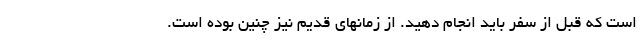
است که قبل از سفر باید انجام دهید. از زمانهای قدیم نیز چنین بوده است.